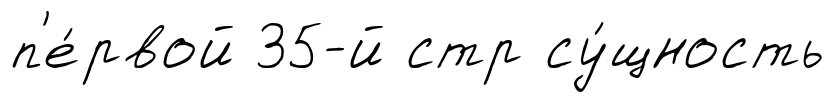
п'е́рвой 35-й стр су́щность